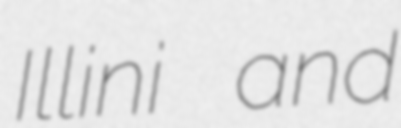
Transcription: Illini and